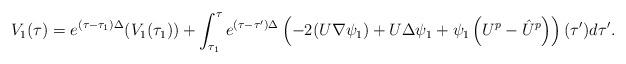
LaTeX: \begin{align*}V_1(\tau ) = e^{( \tau - \tau_1) \Delta} (V_1(\tau_1)) + \int_{\tau_1}^{\tau} e^{ (\tau- \tau') \Delta} \left( - 2 ( U \nabla \psi_1 ) + U \Delta \psi_1 + \psi_1\left( U^p - \hat U^p \right) \right)(\tau') d \tau'.\end{align*}